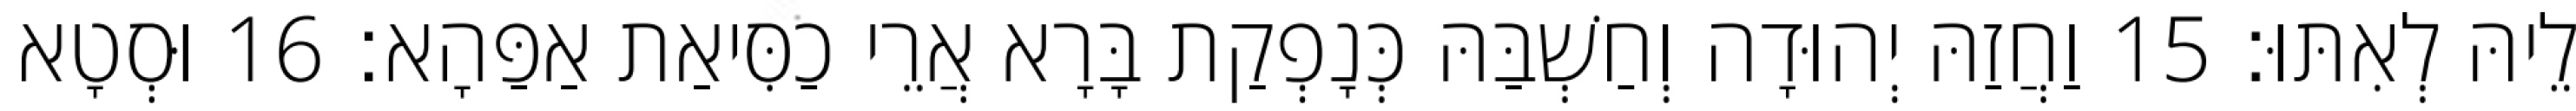
לֵיהּ לְאִתּוּ׃ 15 וַחֲזַהּ יְהוּדָה וְחַשְׁבַּהּ כְּנָפְקַת בָּרָא אֲרֵי כַסִּיאַת אַפַּהָא׃ 16 וּסְטָא